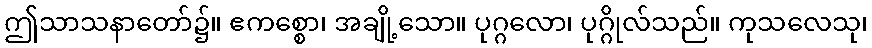
ဤသာသနာတော်၌။ ဧကစ္စော၊ အချို့သော။ ပုဂ္ဂလော၊ ပုဂ္ဂိုလ်သည်။ ကုသလေသု၊